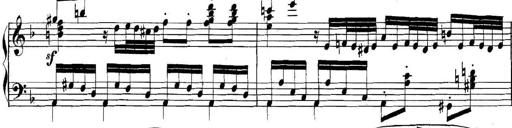
Title: Collected Piano Sonatas
Composer: Muzio Clementi